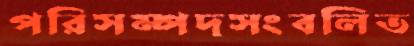
পরিসম্পদসংবলিত